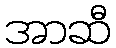
အာဆီ